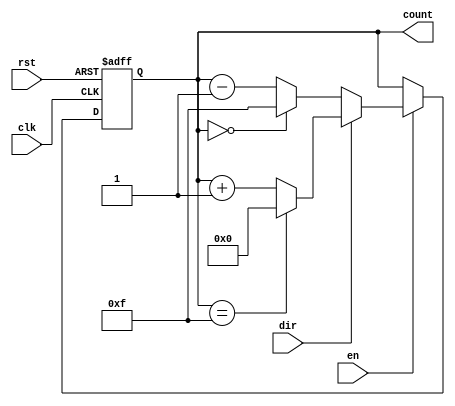
module multi_bit_counter #(
    parameter WIDTH = 4,          // Width of the counter (e.g., 4-bit, 8-bit)
    parameter INIT_VALUE = 0,     // Initial value of the counter
    parameter MAX_VALUE = (1 << WIDTH) - 1 // Maximum value based on width
)(
    input wire clk,               // Clock signal
    input wire rst,               // Reset signal
    input wire en,                // Enable signal
    input wire dir,               // Direction signal (1 for up, 0 for down)
    output reg [WIDTH-1:0] count  // Counter output
);

    // Asynchronous reset
    always @(posedge clk or posedge rst) begin
        if (rst) begin
            count <= INIT_VALUE;   // Reset to initial value
        end else if (en) begin
            if (dir) begin
                // Up counting
                if (count == MAX_VALUE) begin
                    count <= 0;     // Wrap around to 0
                end else begin
                    count <= count + 1; // Increment count
                end
            end else begin
                // Down counting
                if (count == 0) begin
                    count <= MAX_VALUE; // Wrap around to max value
                end else begin
                    count <= count - 1; // Decrement count
                end
            end
        end
    end

endmodule